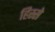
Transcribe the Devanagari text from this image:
हिस्‍स्‍ो